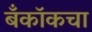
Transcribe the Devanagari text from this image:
बँकॉकचा